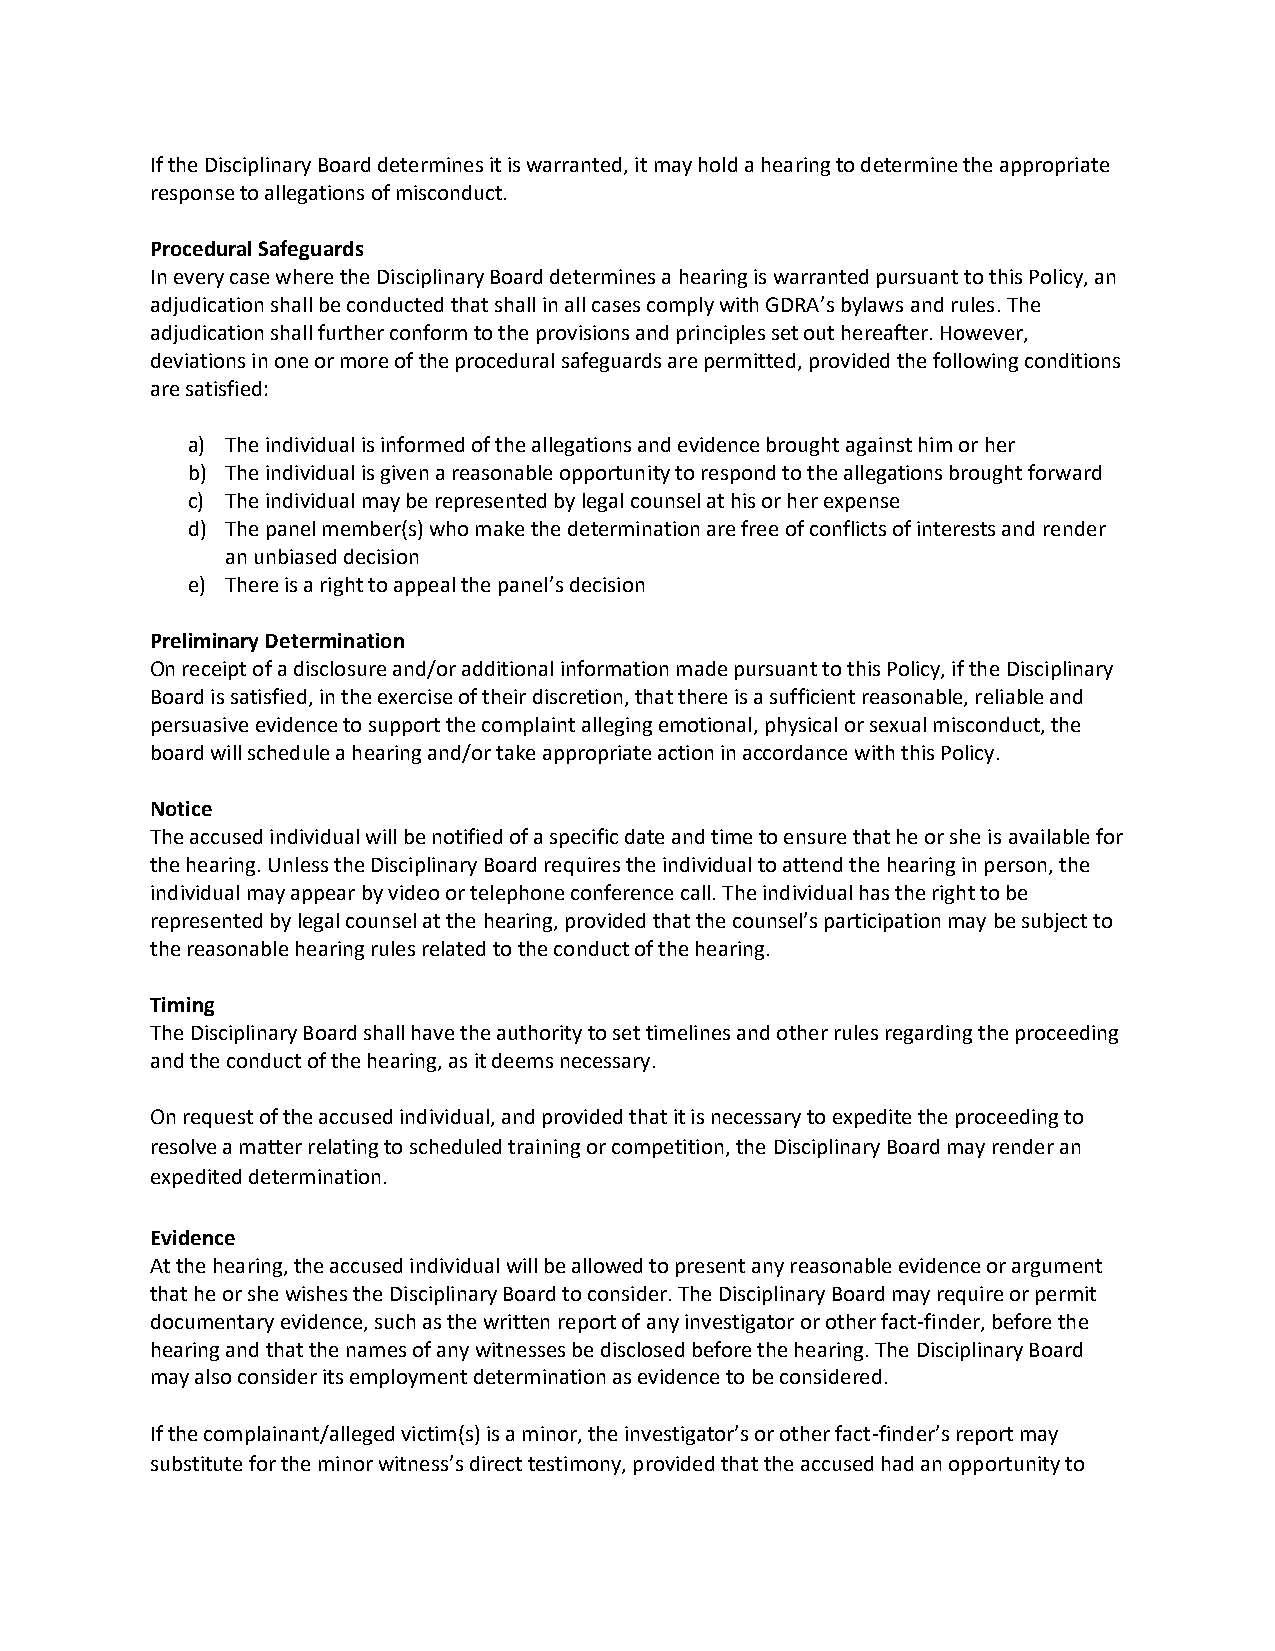
If the Disciplinary Board determines it is warranted, it may hold a hearing to determine the appropriate
 response to allegations of misconduct.
 Procedural Safeguards
 In every case where the Disciplinary Board determines a hearing is warranted pursuant to this Policy, an
 adjudication shall be conducted that shall in all cases comply with GDRA’s bylaws and rules. The
 adjudication shall further conform to the provisions and principles set out hereafter. However,
 deviations in one or more of the procedural safeguards are permitted, provided the following conditions
 are satisfied:
 a) The individual is informed of the allegations and evidence brought against him or her
 b) The individual is given a reasonable opportunity to respond to the allegations brought forward
 c) The individual may be represented by legal counsel at his or her expense
 d) The panel member(s) who make the determination are free of conflicts of interests and render
 an unbiased decision
 e) There is a right to appeal the panel’s decision
 Preliminary Determination
 On receipt of a disclosure and/or additional information made pursuant to this Policy, if the Disciplinary
 Board is satisfied, in the exercise of their discretion, that there is a sufficient reasonable, reliable and
 persuasive evidence to support the complaint alleging emotional, physical or sexual misconduct, the
 board will schedule a hearing and/or take appropriate action in accordance with this Policy.
 Notice
 The accused individual will be notified of a specific date and time to ensure that he or she is available for
 the hearing. Unless the Disciplinary Board requires the individual to attend the hearing in person, the
 individual may appear by video or telephone conference call. The individual has the right to be
 represented by legal counsel at the hearing, provided that the counsel’s participation may be subject to
 the reasonable hearing rules related to the conduct of the hearing.
 Timing
 The Disciplinary Board shall have the authority to set timelines and other rules regarding the proceeding
 and the conduct of the hearing, as it deems necessary.
 On request of the accused individual, and provided that it is necessary to expedite the proceeding to
 resolve a matter relating to scheduled training or competition, the Disciplinary Board may render an
 expedited determination.
 Evidence
 At the hearing, the accused individual will be allowed to present any reasonable evidence or argument
 that he or she wishes the Disciplinary Board to consider. The Disciplinary Board may require or permit
 documentary evidence, such as the written report of any investigator or other fact-finder, before the
 hearing and that the names of any witnesses be disclosed before the hearing. The Disciplinary Board
 may also consider its employment determination as evidence to be considered.
 If the complainant/alleged victim(s) is a minor, the investigator’s or other fact-finder’s report may
 substitute for the minor witness’s direct testimony, provided that the accused had an opportunity to